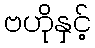
ဗဟိုနှင့်